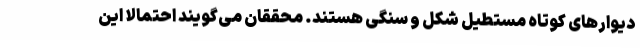
دیوارهای کوتاه مستطیل شکل و سنگی هستند. محققان می‌گویند احتمالا این